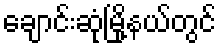
ချောင်းဆုံမြို့နယ်တွင်